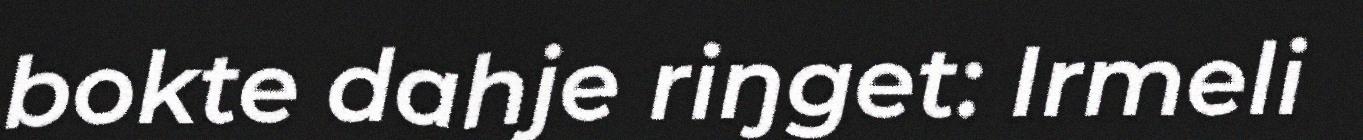
bokte dahje riŋget: Irmeli